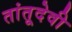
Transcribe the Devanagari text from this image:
तांतूदेवी